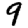
Digit: 9